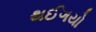
થઈગયો